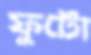
ফুটো